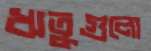
ঋতুগুলো